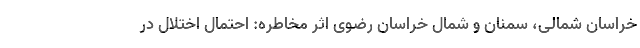
خراسان شمالی، سمنان و شمال خراسان رضوی اثر مخاطره: احتمال اختلال در